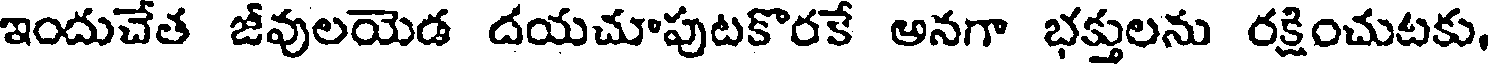
ఇందుచేత జీవులయెడ దయచూపుటకొరకే అనగా భక్తులను రక్షించుటకు